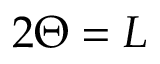
2 \Theta = L